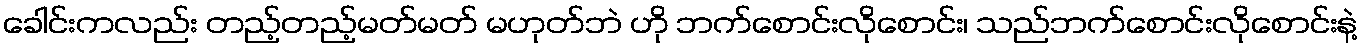
ခေါင်းကလည်း တည့်တည့်မတ်မတ် မဟုတ်ဘဲ ဟို ဘက်စောင်းလိုစောင်း၊ သည်ဘက်စောင်းလိုစောင်းနဲ့